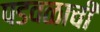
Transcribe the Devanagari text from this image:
पडवळाची